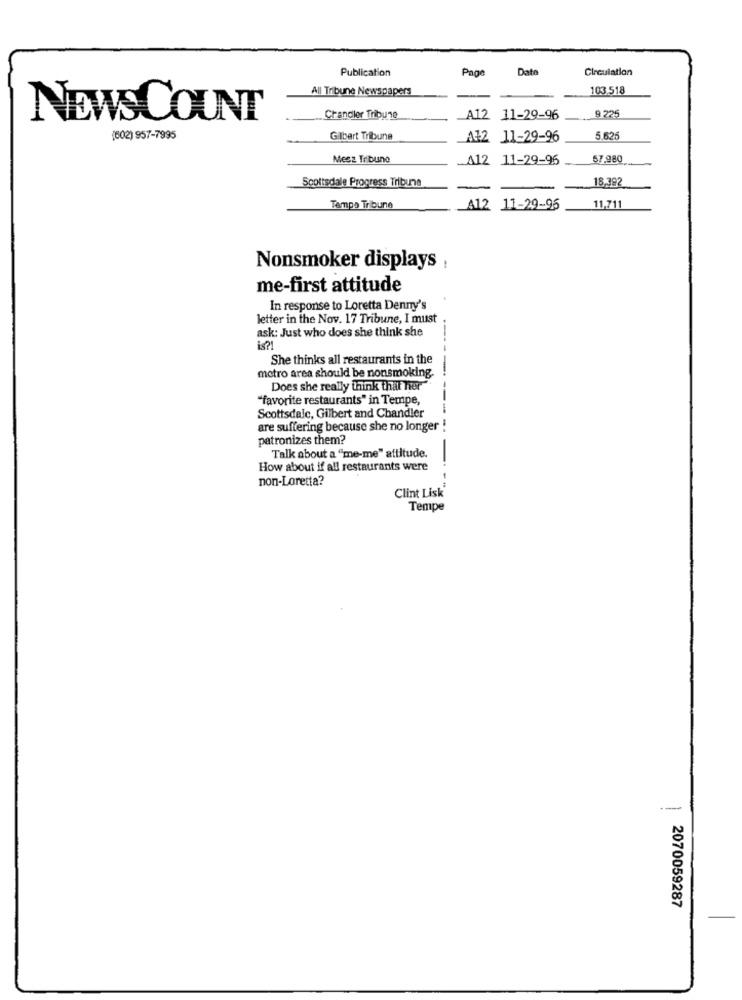
Publication
Dato
Circulation
All Tribune Newspapers
103.518
9 225
NEWSCOUNT
Chandler Tribune
A12 11-29-96
(602) 957-7995
Gilbert Tribune
A+2 11-29-96
5.62
Mesa Tribune
A12 11-29-96
57.980
Scottsdale Progress Tribune
18,392
Tempo Tribune
A12 11-29-96
11,711
Nonsmoker displays :
me-first attitude
In response to Loretta Denny's
letter in the Nov. 17 Tribune, I must
ask: Just who does she think she
She thinks all restaurants in the
metro area should be nonsmoking.
Does she really think that her"
"favorite restaurants" in Tempe,
Scottsdale, Gilbert and Chandler
are suffering because she no longer !
patronizes them?
Talk about a "me-me" attitude.
How about if all restaurants were
non-Loretta?
Clint Lisk
Tempe
--
2070059287